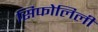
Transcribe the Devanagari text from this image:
सिफोलिली